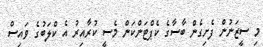
މި ސީޒަނުން ފެށިގެން ބާސާގެ ކެޕްޓަންކަން މެސީ ކުރާއިރު އެ ކްލަބުގެ ވައިސް